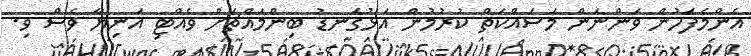
އެންމެފަހުން ވަންނަން މަސައްކަތް ކުރުމުން އަޅުގަނޑު ބިންމައްޗަށް ވެއްޓި އަނިޔާ ވެސް ވި.